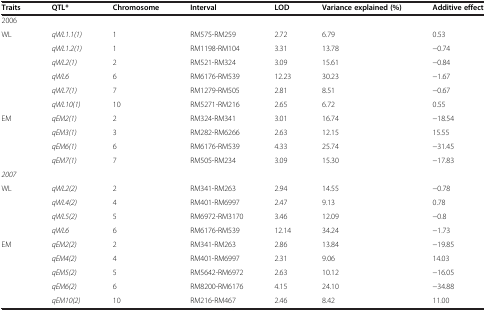
| Traits | QTL* | Chromosome | Interval | LOD | Variance explained (%) | Additive effect |
 | --- | --- | --- | --- | --- | --- | --- |
 | <COLSPAN=7> 2006 |
 | WL | qWL1.1(1) | 1 | RM575-RM259 | 2.72 | 6.79 | 0.53 |
 |  | qWL1.2(1) | 1 | RM1198-RM104 | 3.31 | 13.78 | -0.74 |
 |  | qWL2(1) | 2 | RM521-RM324 | 3.09 | 15.61 | -0.84 |
 |  | qWL6 | 6 | RM6176-RM539 | 12.23 | 30.23 | -1.67 |
 |  | qWL7(1) | 7 | RM1279-RM505 | 2.81 | 8.51 | -0.67 |
 |  | qWL10(1) | 10 | RM5271-RM216 | 2.65 | 6.72 | 0.55 |
 | EM | qEM2(1) | 2 | RM324-RM341 | 3.01 | 16.74 | -18.54 |
 |  | qEM3(1) | 3 | RM282-RM6266 | 2.63 | 12.15 | 15.55 |
 |  | qEM6(1) | 6 | RM6176-RM539 | 4.33 | 25.74 | -31.45 |
 |  | qEM7(1) | 7 | RM505-RM234 | 3.09 | 15.30 | -17.83 |
 | <COLSPAN=7> 2007 |
 | WL | qWL2(2) | 2 | RM341-RM263 | 2.94 | 14.55 | -0.78 |
 |  | qWL4(2) | 4 | RM401-RM6997 | 2.47 | 9.13 | 0.78 |
 |  | qWL5(2) | 5 | RM6972-RM3170 | 3.46 | 12.09 | -0.8 |
 |  | qWL6 | 6 | RM6176-RM539 | 12.14 | 34.24 | -1.73 |
 | EM | qEM2(2) | 2 | RM341-RM263 | 2.86 | 13.84 | -19.85 |
 |  | qEM4(2) | 4 | RM401-RM6997 | 2.31 | 9.06 | 14.03 |
 |  | qEM5(2) | 5 | RM5642-RM6972 | 2.63 | 10.12 | -16.05 |
 |  | qEM6(2) | 6 | RM8200-RM6176 | 4.15 | 24.10 | -34.88 |
 |  | qEM10(2) | 10 | RM216-RM467 | 2.46 | 8.42 | 11.00 |